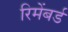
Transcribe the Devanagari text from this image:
रिमेंबर्ड